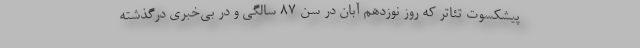
پیشکسوت تئاتر که روز نوزدهم آبان در سن ۸۷ سالگی و در بی‌خبری درگذشته